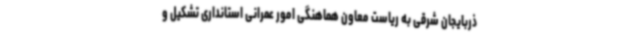
ذربایجان شرقی به ریاست معاون هماهنگی امور عمرانی استانداری تشکیل و